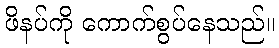
ဖိနပ်ကို ကောက်စွပ်နေသည်။